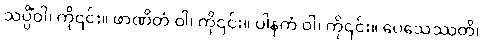
သပ္ပိံဝါ၊ ကို၎င်း။ ဖာဏိတံ ဝါ၊ ကို၎င်း။ ပါနကံ ဝါ၊ ကို၎င်း။ ပေသေဿတိ၊